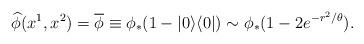
LaTeX: \begin{align*}\widehat{\phi}(x^1,x^2)=\overline{\phi}\equiv \phi_*(1-|0\rangle\langle 0|)\sim \phi_*(1-2e^{-r^2/\theta}). \end{align*}